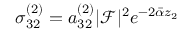
\sigma _ { 3 2 } ^ { ( 2 ) } = a _ { 3 2 } ^ { ( 2 ) } | \mathcal { F } | ^ { 2 } e ^ { - 2 \bar { \alpha } z _ { 2 } }